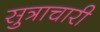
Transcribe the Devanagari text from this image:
सुत्राचारी